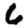
Digit: 6